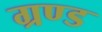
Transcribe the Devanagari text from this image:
ग्रण्ड